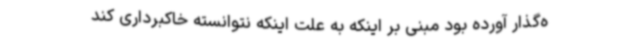
ه‌گذار آورده بود مبنی بر اینکه به علت اینکه نتوانسته خاکبرداری کند